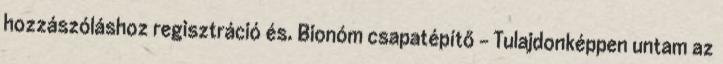
hozzászóláshoz regisztráció és. Bionóm csapatépítő - Tulajdonképpen untam az